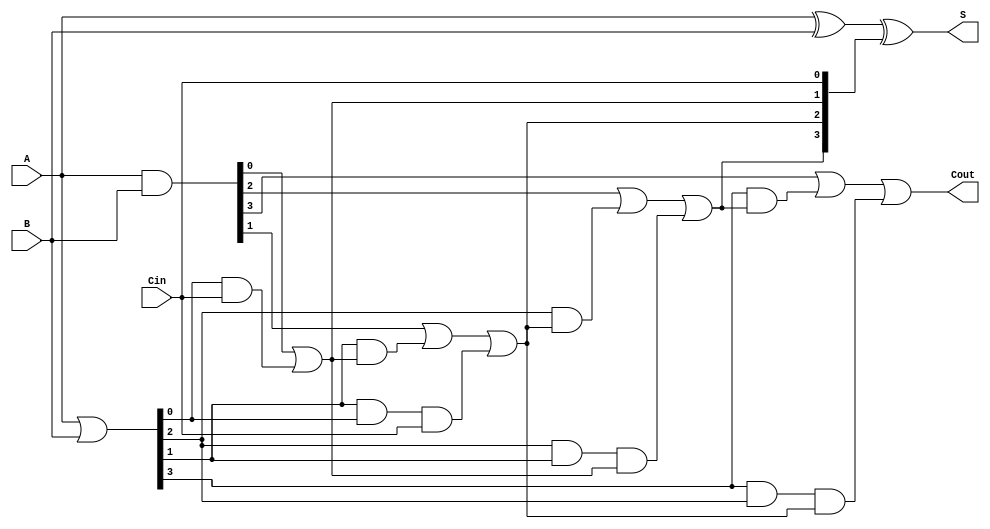
module CarryLookaheadAdder #(parameter n = 4) (
    input  [n-1:0] A,      // First n-bit input
    input  [n-1:0] B,      // Second n-bit input
    input         Cin,      // Carry-in
    output [n-1:0] S,      // n-bit sum output
    output        Cout      // Carry-out
);

    // Generate and Propagate signals
    wire [n-1:0] G; // Generate signals
    wire [n-1:0] P; // Propagate signals
    wire [n:0] C;   // Carry signals

    // Generate and Propagate calculations
    assign G = A & B;         // G[i] = A[i] & B[i]
    assign P = A | B;         // P[i] = A[i] | B[i]

    // Carry calculations
    assign C[0] = Cin;        // C[0] = Cin
    genvar i;
    generate
        for (i = 0; i < n; i = i + 1) begin : carry_gen
            if (i == 0) begin
                assign C[i + 1] = G[i] | (P[i] & C[i]); // C[1] = G[0] | (P[0] & Cin)
            end else begin
                assign C[i + 1] = G[i] | (P[i] & C[i]) | (P[i] & P[i-1] & C[i-1]); // C[i+1] = G[i] | (P[i] & C[i]) | (P[i] & P[i-1] & C[i-1])
            end
        end
    endgenerate

    // Sum calculation
    assign S = A ^ B ^ C[n-1:0]; // S[i] = A[i] ^ B[i] ^ C[i]

    // Carry-out
    assign Cout = C[n]; // Cout = C[n]

endmodule